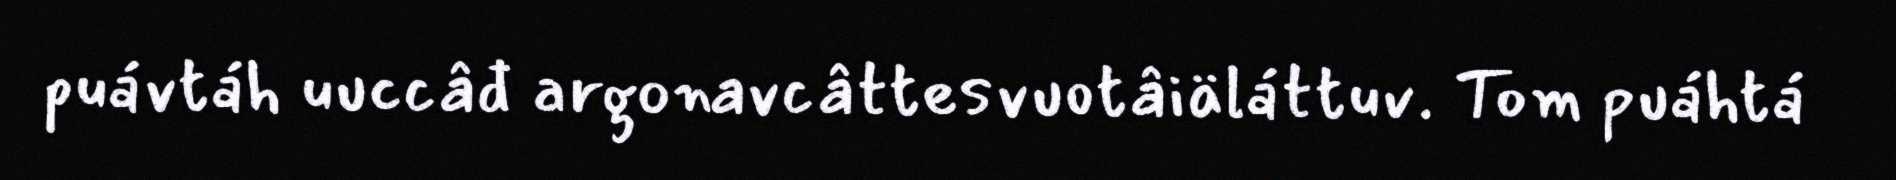
puávtáh uuccâđ argonavcâttesvuotâiäláttuv. Tom puáhtá